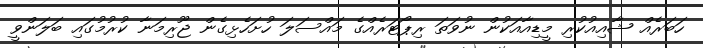
ހަބަރެއް ޝާއިއުކުރި މީޑިއާއަކުން ނުވަތަ ރިޕޯޓަރެއްގެ މައްސަލަ ހުށަހެޅިގެން ޖޫރިމަނާ ކުރުމުގައި ބަލަންވީ